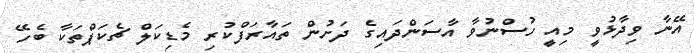
އޭނާ ވިދާޅުވީ މިއީ ހުސްނުވާ އާސަންދައިގެ ދަށުން ތައާރަފްކުރި މެޑިކަލް ޗެކަޕްތަކާ ބެހޭ